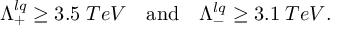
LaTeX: \begin{array} { l l l } { { \Lambda _ { + } ^ { l q } \geq 3 . 5 \; T e V } } & { { \mathrm { a n d } } } & { { \Lambda _ { - } ^ { l q } \geq 3 . 1 \; T e V . } } \end{array}